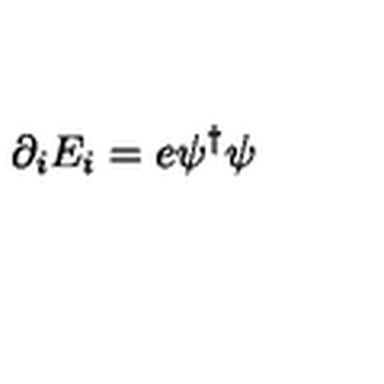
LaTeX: \partial _ { i } E _ { i } = e \psi ^ { \dagger } \psi